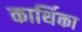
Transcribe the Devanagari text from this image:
कार्थिका